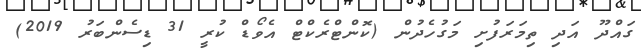
ގައްދޫ އަދި ތިމަރަފުށި މަގުހެދުން (ކޮންޓްރެކްޓް އެވޯޑް ކުރީ 31 ޑިސެންބަރު 2019)